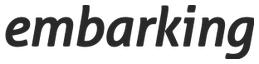
embarking